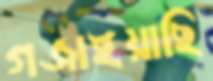
গজাইয়াছি